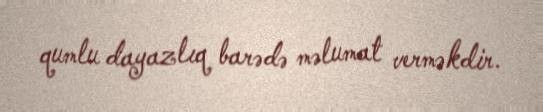
qumlu dayazlıq barədə məlumat verməkdir.